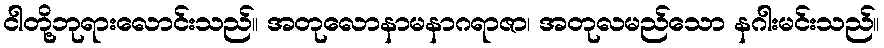
ငါတို့ဘုရားလောင်းသည်။ အတုလောနာမနာဂရာဇာ၊ အတုလမည်သော နဂါးမင်းသည်။